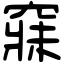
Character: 𥧌